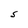
Character: S